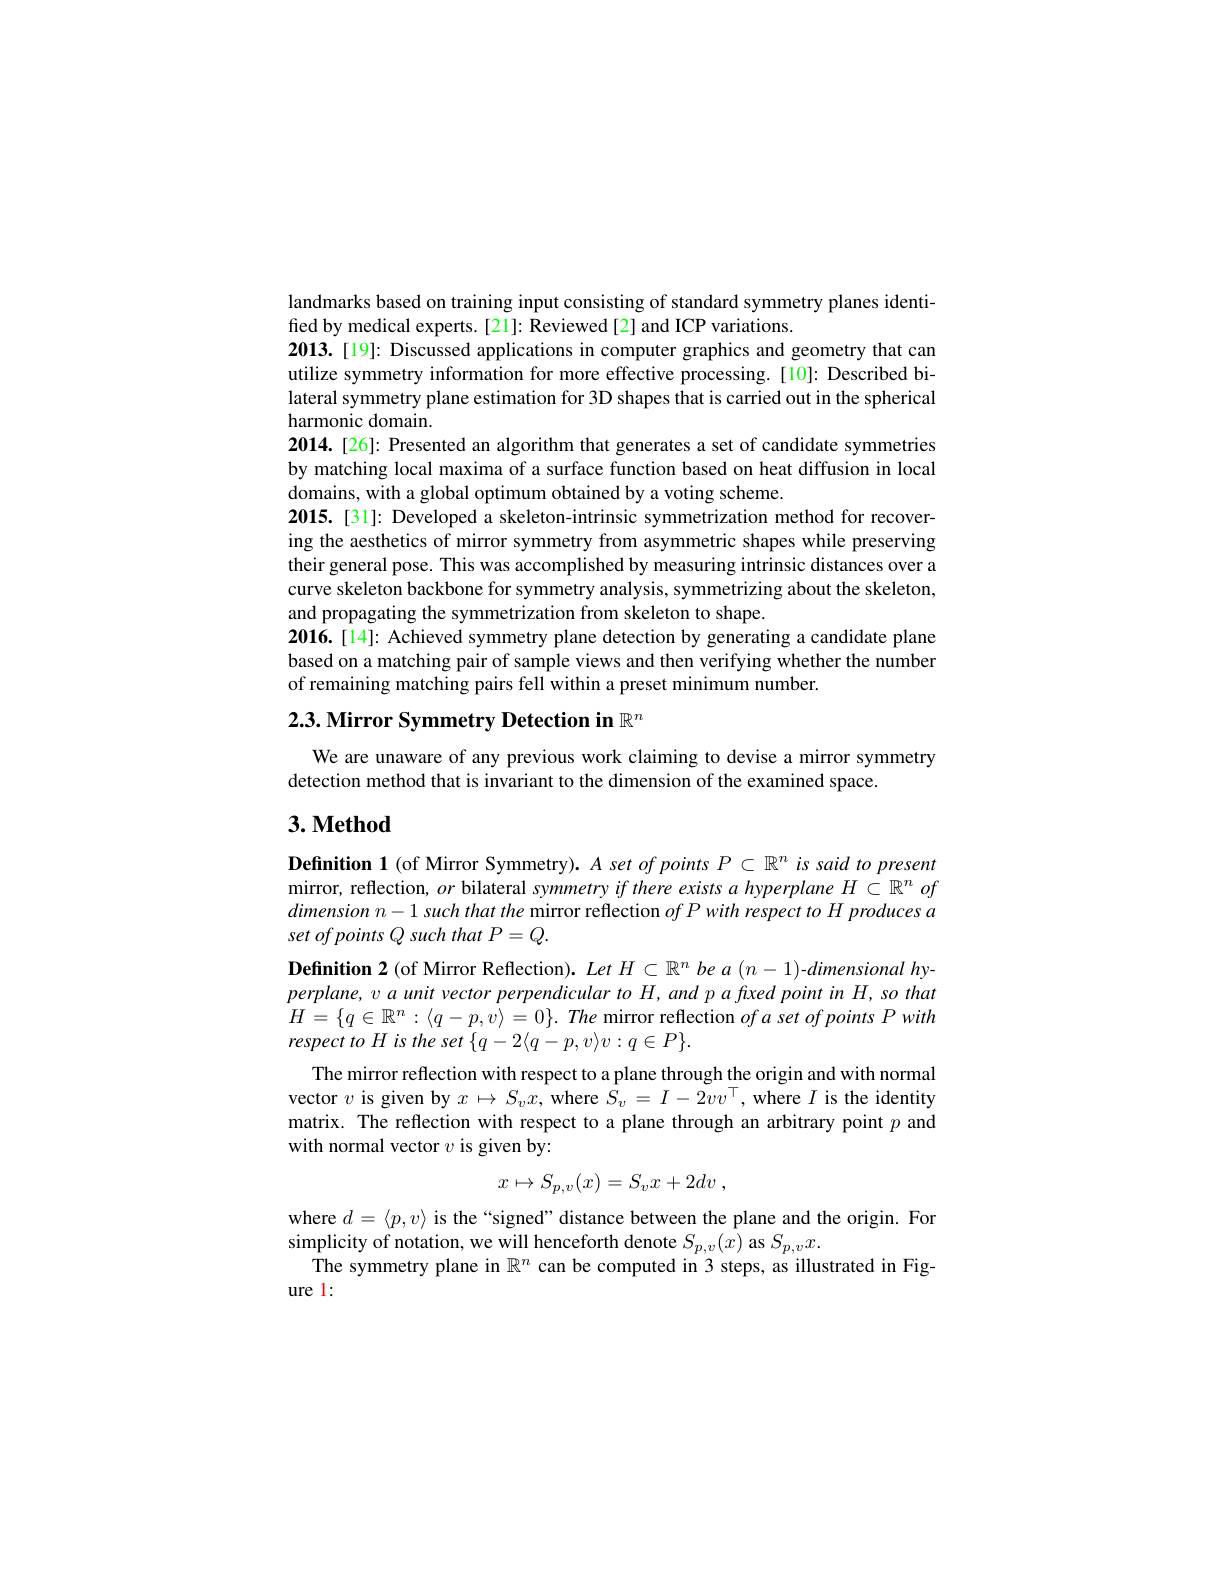
landmarks based on training input consisting of standard symmetry planes identi-
fied by medical experts. [21]: Reviewed [2] and ICP variations.
2013. [19]: Discussed applications in computer graphics and geometry that can utilize symmetry information for more effective processing.[10]: Described bi lateral symmetry plane estimation for 3D shapes that is carried out in the spherical harmonic domain
2014. [26]: Presented an algorithm that generates a set of candidate symmetries by matching local maxima of a surface function based on heat diffusion in local domains, with a global optimum obtained by a voting scheme.
2015.[31]: Developed a skeleton-intrinsic symmetrization method for recovering the aesthetics of mirror symmetry from asymmetric shapes while preserving their general pose. This was accomplished by measuring intrinsic distances over a curve skeleton backbone for symmetry analysis, symmetrizing about the skeleton, and propagating the symmetrization from skeleton to shape.
2016.[14]: Achieved symmetry plane detection by generating a candidate plane based on a matching pair of sample views and then verifying whether the number of remaining matching pairs fell within a preset minimum number.

# 2.3. Mirror Symmetry Detection in $\mathbb{R}^n$

We are unaware of any previous work claiming to devise a mirror symmetry
detection method that is invariant to the dimension of the examined space.

# 3. Method

Definition 1 (of Mirror Symmetry). $A\textit{set of points }P\subset \mathbb{R} ^n$ is said to present mirror, reflection, $or$ bilateral symmetry if there exists a hyperplane $H\subset \mathbb{R} ^n\textit{of}$ dimension $n- 1$ such that the mirror reflection ofPwith respect $to$ $H$ produces $a$ set of points Q such that P=Q.
$\textbf{Definition 2( of Mirror Reflection) . Let }H\subset \mathbb{R} ^{n}$ $be$ $a$ $( n- 1)$- dimensional hy $perplane, v$ $a$ unit vector perpendicular $to$ $H$, and $p$ $a$ fixed point $in$ $H$, $so$ tha $H= \{ a\in \mathbb{R} ^{n}: \langle a- p, v\rangle = 0\} .$ The mirror reflection of a set of points P wit
$respect\textit{ to H is the set }\{ q- 2\langle q- p, v\rangle v: q\in P\} .$
The mirror reflection with respect to a plane through the origin and with normal vector $v$ is given by $x\mapsto S_vx$, where $S_v=I-2vv^{\text{'}}$,where $I$ is the identity matrix. The reflection with respect to a plane through an arbitrary point $p$ and with normal vector $v$ is given by:
$$x\mapsto S_{p,v}(x)=S_{v}x+2dv\:,$$
where $d=\langle p,v\rangle$ is the “signed” distance between the plane and the origin. For
simplicity of notation, we will henceforth denote $S_p,v(x)$ as $S_p,vx.$
The symmetry plane in $\mathbb{R}^n$ can be computed in 3 steps, as illustrated in Fig-
ure l: